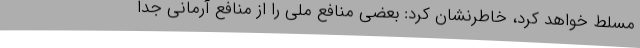
مسلط خواهد کرد، خاطرنشان کرد: بعضی منافع ملی را از منافع آرمانی جدا